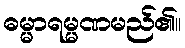
ဓမ္မာရမ္မဏမည်၏။